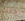
ذلك